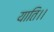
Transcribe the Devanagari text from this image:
याति।।